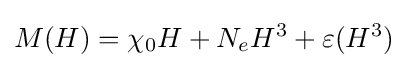
M(H)=\chi _{0}H+N_{e}H^{3}+\varepsilon (H^{3})